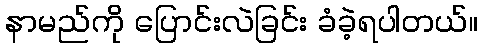
နာမည်ကို ပြောင်းလဲခြင်း ခံခဲ့ရပါတယ်။